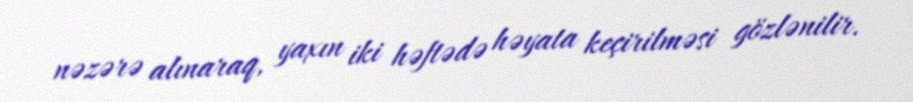
nəzərə alınaraq, yaxın iki həftədə həyata keçirilməsi gözlənilir.